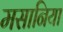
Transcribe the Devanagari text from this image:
मसानिया